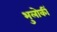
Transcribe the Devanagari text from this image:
भुलोकीं